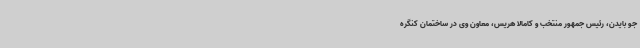
جو بایدن، رئیس جمهور منتخب و کامالا هریس، معاون وی در ساختمان کنگره